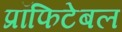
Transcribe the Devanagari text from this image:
प्रॉफिटेबल